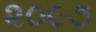
૨૦૯૭